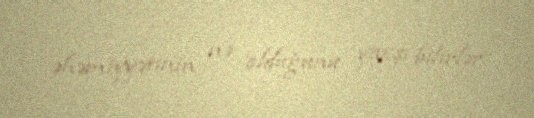
əhəmiyyətinin nə olduğunu yaxşı bilirlər.